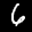
Label: 6